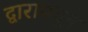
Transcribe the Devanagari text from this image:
द्वारामधून